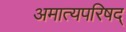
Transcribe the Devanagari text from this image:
अमात्यपरिषद्